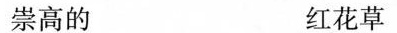
崇高的 红花草